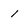
Character: 1